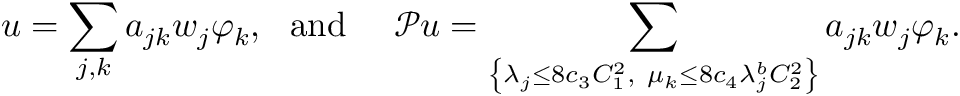
\boldsymbol { u } = \sum _ { j , k } a _ { j k } \boldsymbol { w } _ { j } \varphi _ { k } , \ \mathrm { ~ a n d ~ } \quad \mathcal { P } \boldsymbol { u } = \sum _ { \left\{ \lambda _ { j } \leq 8 c _ { 3 } C _ { 1 } ^ { 2 } , \ \mu _ { k } \leq 8 c _ { 4 } \lambda _ { j } ^ { b } C _ { 2 } ^ { 2 } \right\} } a _ { j k } \boldsymbol { w } _ { j } \varphi _ { k } .